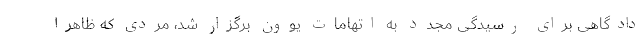
دادگاهی برای رسیدگی مجدد به اتهامات یوون برگزار شد، مردی که ظاهراً